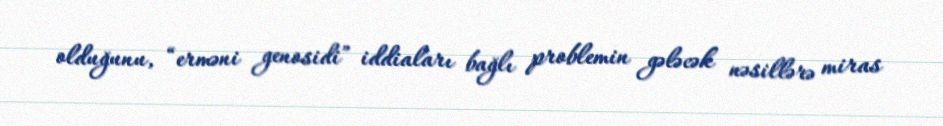
olduğunu, “erməni genosidi” iddiaları bağlı problemin gələcək nəsillərə miras